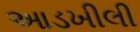
આડખીલી